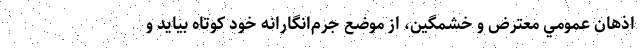
اذهان عمومي معترض و خشمگين، از موضع جرم‌انگارانه خود كوتاه بيايد و